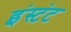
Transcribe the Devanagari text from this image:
इंस्टंट